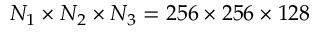
N _ { 1 } \times N _ { 2 } \times N _ { 3 } = 2 5 6 \times 2 5 6 \times 1 2 8